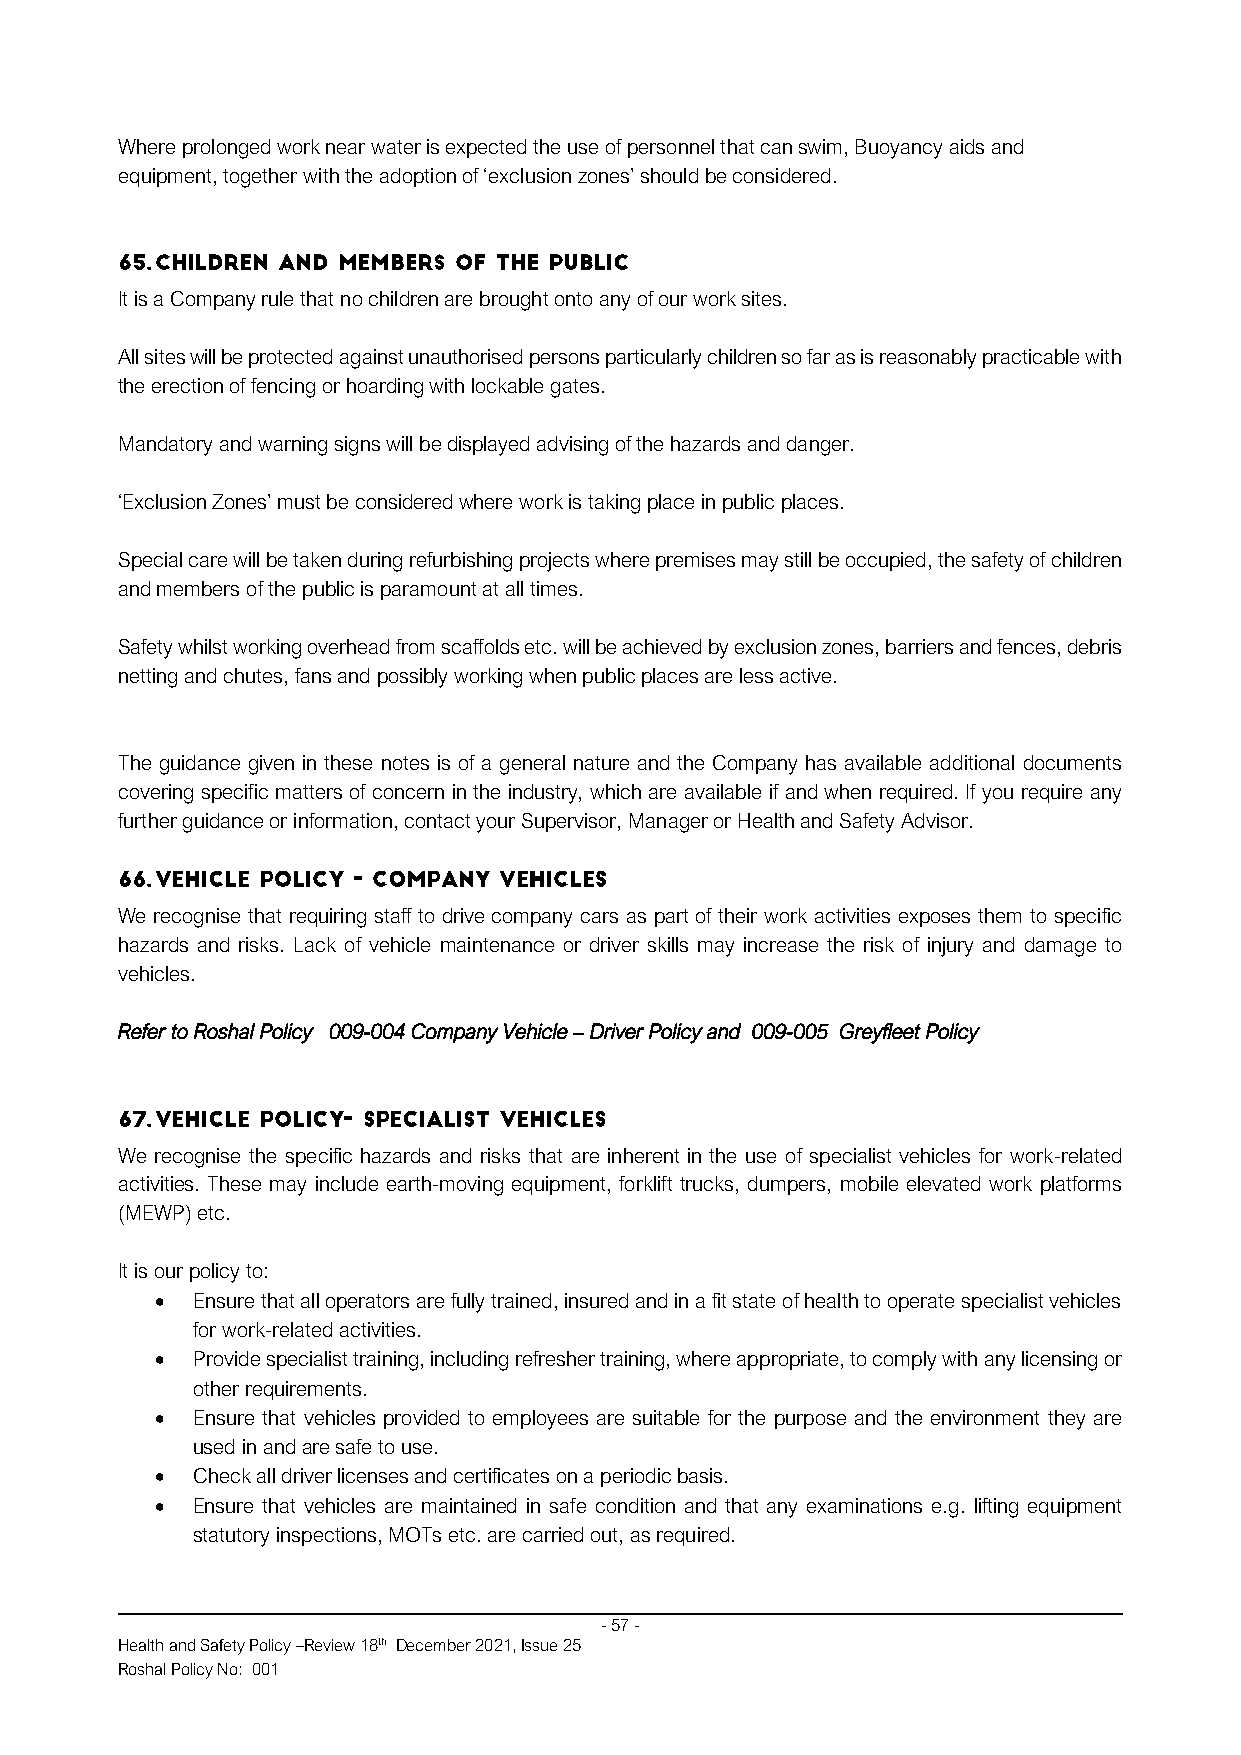
Where prolonged work near water is expected the use of personnel that can swim, Buoyancy aids and
 equipment, together with the adoption of ‘exclusion zones’ should be considered.
 It is a Company rule that no children are brought onto any of our work sites.
 All sites will be protected against unauthorised persons particularly children so far as is reasonably practicable with
 the erection of fencing or hoarding with lockable gates.
 Mandatory and warning signs will be displayed advising of the hazards and danger.
 ‘Exclusion Zones’ must be considered where work is taking place in public places.
 Special care will be taken during refurbishing projects where premises may still be occupied, the safety of children
 and members of the public is paramount at all times.
 Safety whilst working overhead from scaffolds etc. will be achieved by exclusion zones, barriers and fences, debris
 netting and chutes, fans and possibly working when public places are less active.
 The guidance given in these notes is of a general nature and the Company has available additional documents
 covering specific matters of concern in the industry, which are available if and when required. If you require any
 further guidance or information, contact your Supervisor, Manager or Health and Safety Advisor.
 We recognise that requiring staff to drive company cars as part of their work activities exposes them to specific
 hazards and risks. Lack of vehicle maintenance or driver skills may increase the risk of injury and damage to
 vehicles.
 Refer to Roshal Policy 009-004 Company Vehicle – Driver Policy and 009-005 Greyfleet Policy
 We recognise the specific hazards and risks that are inherent in the use of specialist vehicles for work-related
 activities. These may include earth-moving equipment, forklift trucks, dumpers, mobile elevated work platforms
 (MEWP) etc.
 It is our policy to:
 •  Ensure that all operators are fully trained, insured and in a fit state of health to operate specialist vehicles
 for work-related activities.
 •  Provide specialist training, including refresher training, where appropriate, to comply with any licensing or
 other requirements.
 •  Ensure that vehicles provided to employees are suitable for the purpose and the environment they are
 used in and are safe to use.
 •  Check all driver licenses and certificates on a periodic basis.
 •  Ensure that vehicles are maintained in safe condition and that any examinations e.g. lifting equipment
 statutory inspections, MOTs etc. are carried out, as required.
 - 57 -
 Health and Safety Policy –Review 18th December 2021, Issue 25
 Roshal Policy No: 001